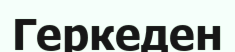
Геркеден